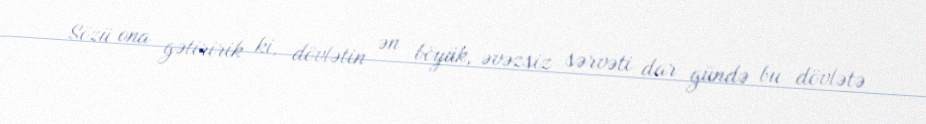
Sözü ona gətiririk ki, dövlətin ən böyük, əvəzsiz sərvəti dar gündə bu dövlətə